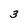
Character: 3